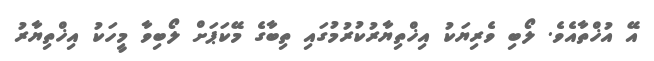
އޭ އުޚްތާއެވެ. ލޯބި ވެރިޔަކު އިޚްތިޔާރުކުރުމުގައި ތިބާގެ މޭކަޕަށް ލޯބިވާ މީހަކު އިޚްތިޔާރު